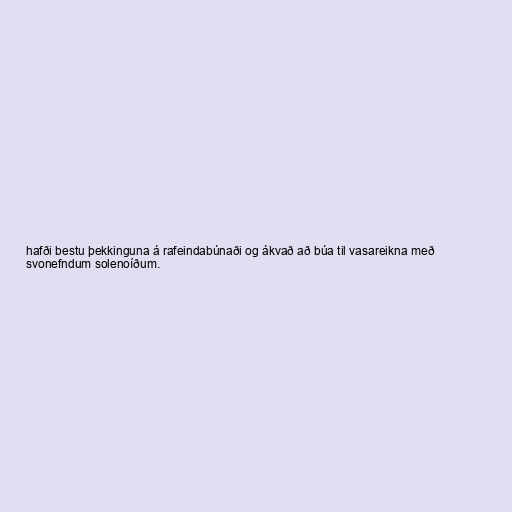
hafði bestu þekkinguna á rafeindabúnaði og ákvað að búa til vasareikna með
svonefndum solenoíðum.